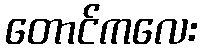
တောင်ကလေး